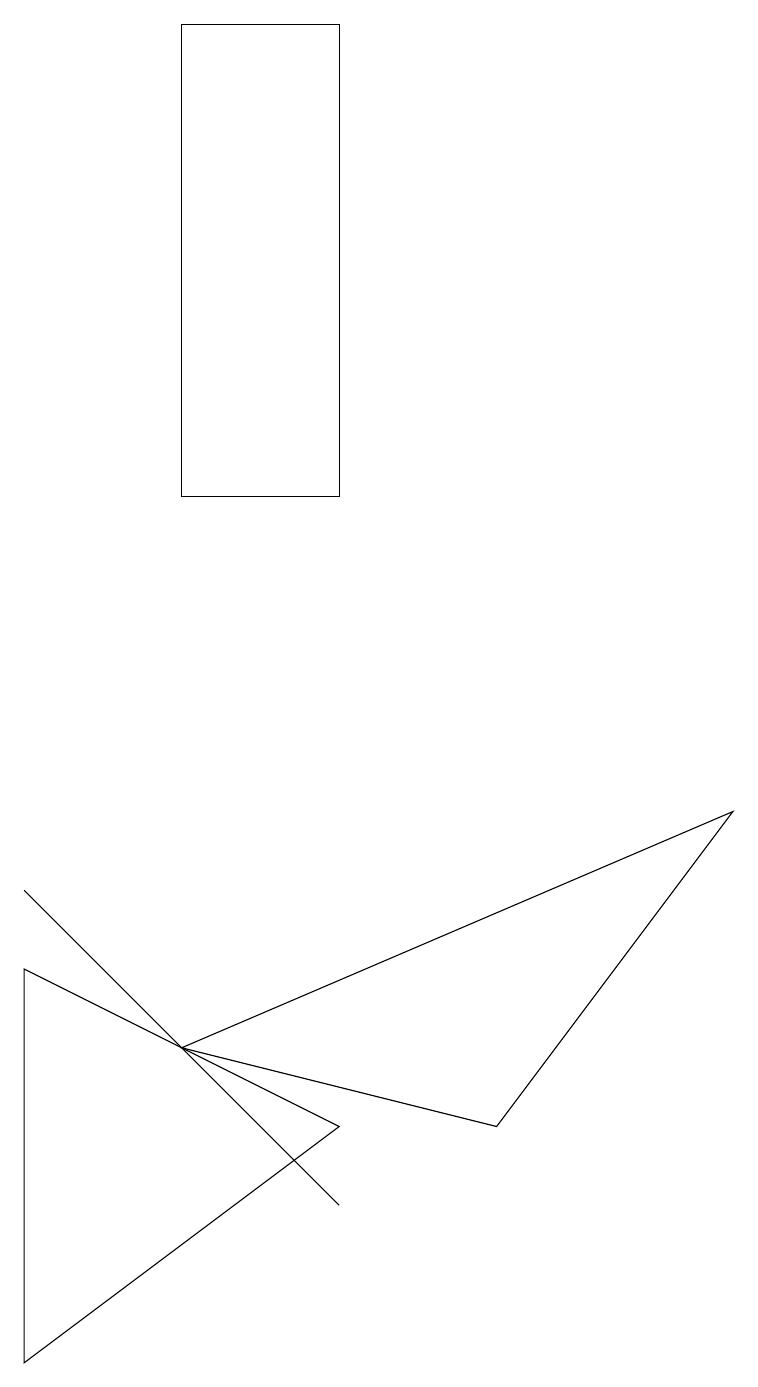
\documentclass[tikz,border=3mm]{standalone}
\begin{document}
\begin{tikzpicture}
\draw (0,7) -- (4,5) -- (0,2) -- cycle;
\draw (3,5) -- (4,4) -- (0,8) -- cycle;
\draw (4,19) rectangle (2,13);
\draw (6,5) -- (9,9) -- (2,6) -- cycle;
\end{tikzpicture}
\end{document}